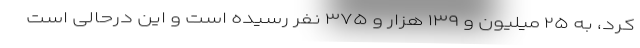
کرد، به ۲۵ میلیون و ۱۳۹ هزار و ۳۷۵ نفر رسیده است و این درحالی است